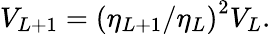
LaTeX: V_{L+1}=\left(\eta_{L+1}/\eta_{L}\right)^{2}V_{L}.